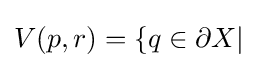
V(p,r)=\{q\in \partial X|